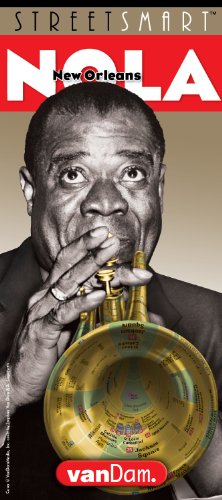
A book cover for StreetSmart Nola Orleans; Stephan Van Dam; Travel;